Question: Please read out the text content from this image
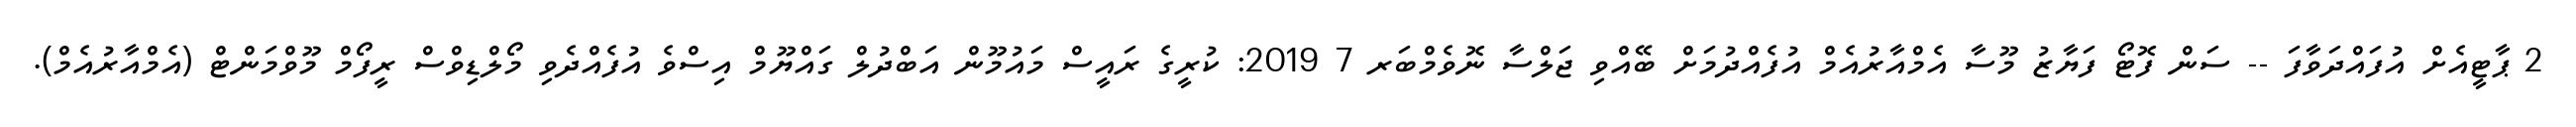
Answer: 2 ޕާޓީއެށް އުފައްދަވާފަ -- ސަން ފޮޓޯ ފަޔާޒު މޫސާ އެމްއާރުއެމް އުފެއްދުމަށް ބޭއްވި ޖަލްސާ ނޮވެމްބަރ 7 2019: ކުރީގެ ރައީސް މައުމޫން އަބްދުލް ގައްޔޫމް އިސްވެ އުފެއްދެވި މޯލްޑިވްސް ރީފޯމް މޫވްމަންޓް (އެމްއާރުއެމް).